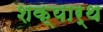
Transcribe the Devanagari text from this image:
शक्यार्थ